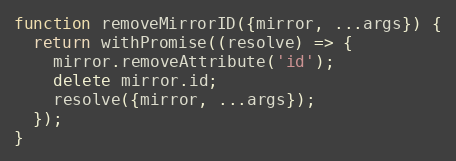
Language: JavaScript
function removeMirrorID({mirror, ...args}) {
  return withPromise((resolve) => {
    mirror.removeAttribute('id');
    delete mirror.id;
    resolve({mirror, ...args});
  });
}